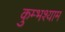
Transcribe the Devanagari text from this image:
कुम्भश्याम